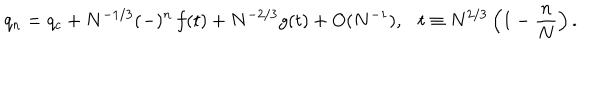
q _ { n } = q _ { c } + N ^ { - 1 / 3 } ( - ) ^ { n } \, f ( t ) + N ^ { - 2 / 3 } g ( t ) + O ( N ^ { - 1 } ) , \ \ \ t \equiv N ^ { 2 / 3 } \left( 1 - \frac { n } { N } \right) .